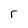
Character: r